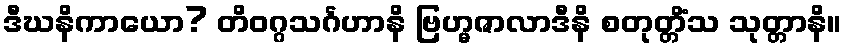
ဒီဃနိကာယော? တိဝဂ္ဂသင်္ဂဟာနိ ဗြဟ္မဇာလာဒီနိ စတုတ္တိံသ သုတ္တာနိ။